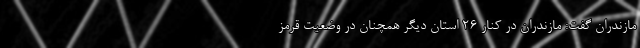
مازندران گفت: مازندران در کنار ۲۶ استان دیگر همچنان در وضعیت قرمز